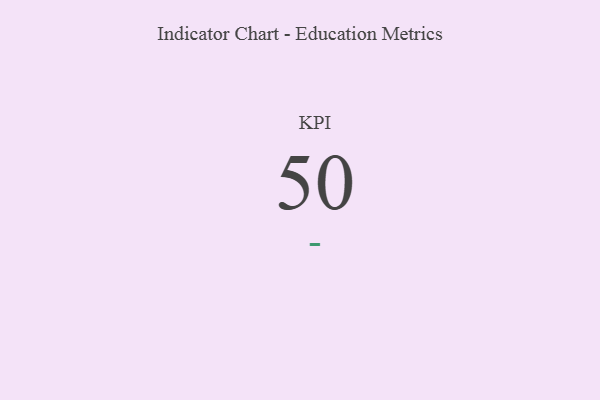
{"axis": {"x": "KPI", "y": "Value"}, "legend": [""], "data": [{"x": "KPI", "y": 50, "type": ""}]}